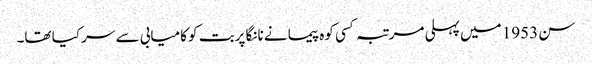
سن 1953 میں پہلی مرتبہ کسی کوہ پیما نے نانگا پربت کو کامیابی سے سر کیا تھا۔